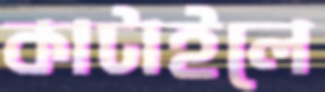
কাটাইলে